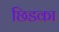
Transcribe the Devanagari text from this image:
छिडका